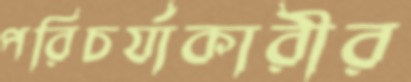
পরিচর্যাকারীর